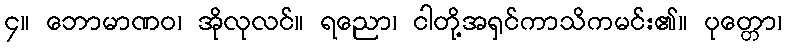
၄။ ဘောမာဏဝ၊ အိုလုလင်။ ရညော၊ ငါတို့အရှင်ကာသိကမင်း၏။ ပုတ္တော၊